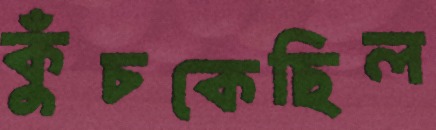
কুঁচকেছিল